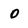
Character: o